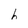
Character: h